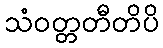
သံဝတ္တတီတိပိ